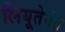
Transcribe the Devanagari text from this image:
लियूतेनंत